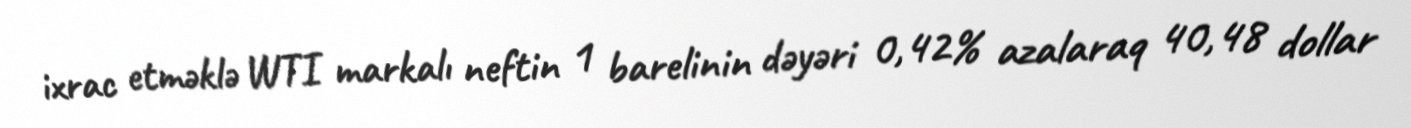
ixrac etməklə WTI markalı neftin 1 barelinin dəyəri 0,42% azalaraq 40,48 dollar